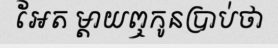
អែត ម្តាយឮកូនប្រាប់ថា